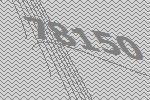
78150